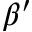
\beta ^ { \prime }